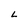
Character: L